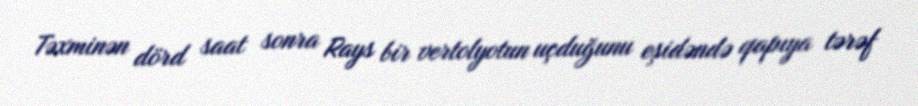
Təxminən dörd saat sonra Rays bir vertolyotun uçduğunu eşidəndə qapıya tərəf